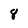
Character: 8